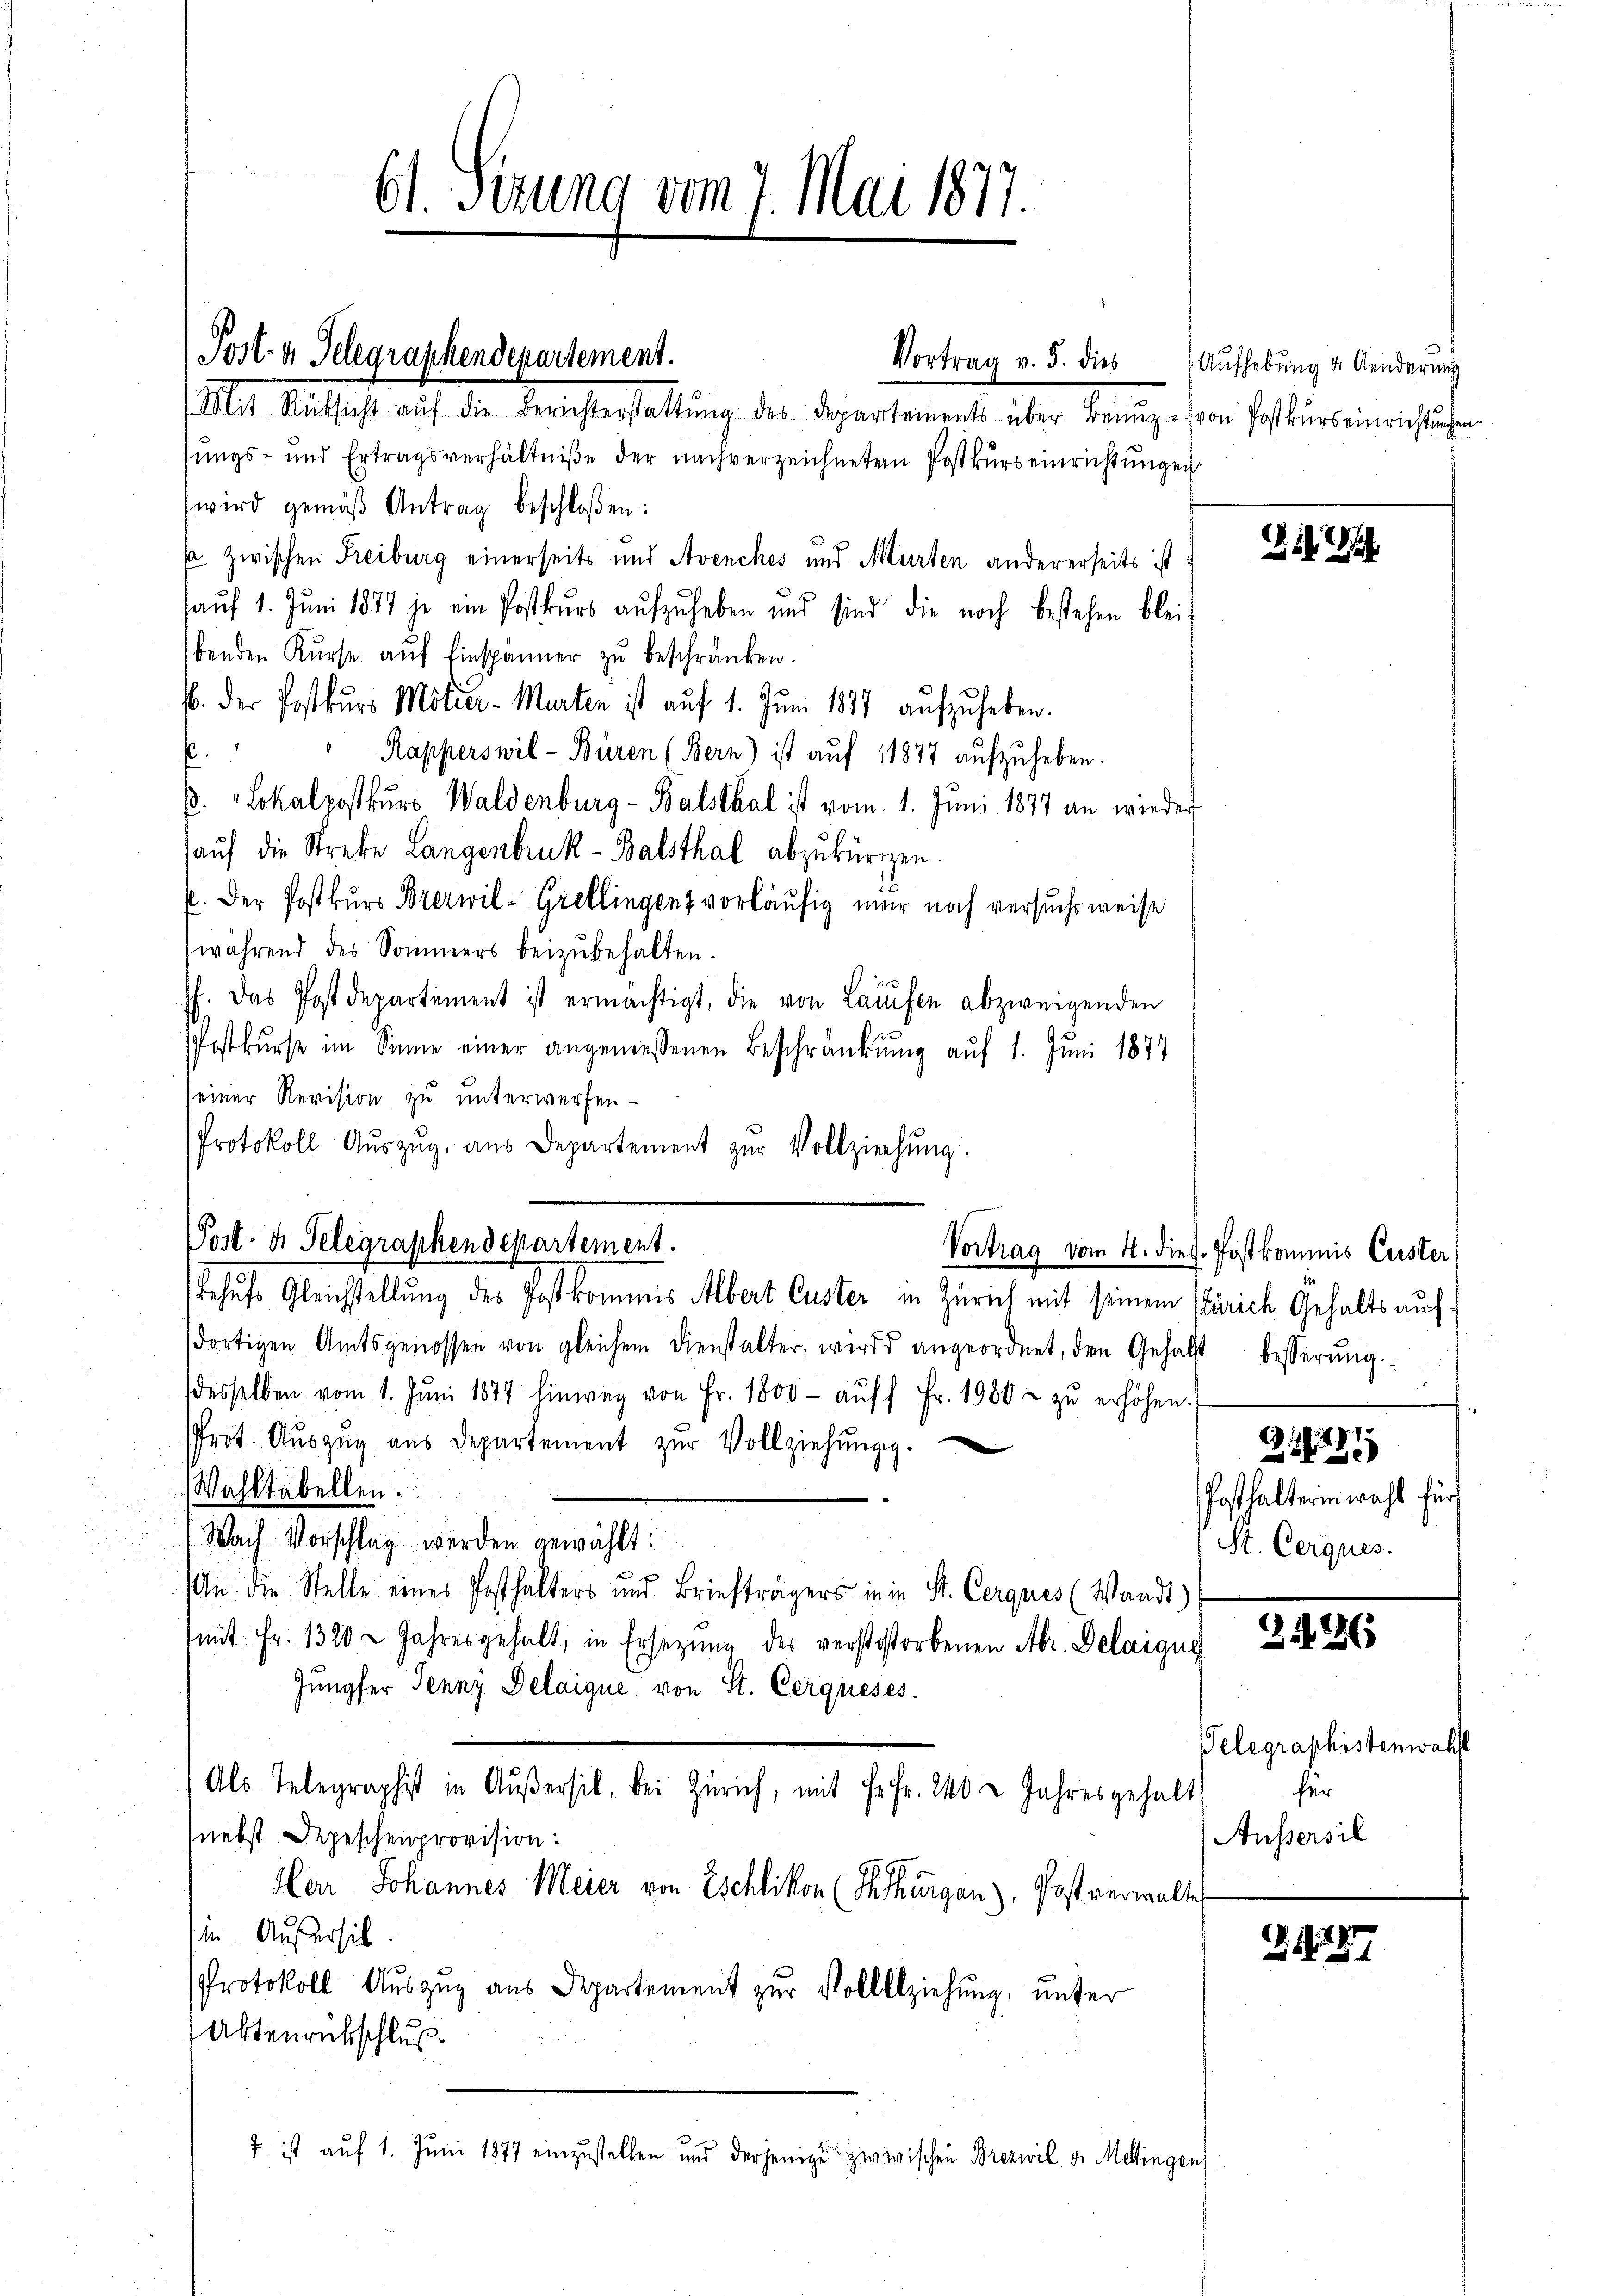
61. Setzung vom 7. Mai 1877.

Post- u. Telegraphendepartement.

Vortrag v. 5. dies
Mit Rücksicht aŭf die Berichterstattŭng des Departements über Benŭz- von Postkurs einrichtungen
sungs- und Ertragsverhältniße der nachverzeichneten Postkurs einrichtungen
wird gemäβ Antrag beschloßen:
s zwischen Freiburg einerseits und Avenches und Murten andererseits ist:
auf 1. Juni 1877 je ein Postkurs aufzuheben und sind die noch bestehen bleibenden Kurse aŭf Einspänner zu beschränken.
b. der Postkurs Moliei-Marten ist auf 1. Juni 1877 aufzuheben.
.
Rapperswil-Büren (Bern) ist auf 11877 aufzuheben.
. Lokalpostkurs Waldenburg - Balsthal ist vom 1. Juni 1877 an wieder
auf die Streke Langenbruk-Balsthal abzukürzen.
P. Der Postkurs Brezwil-Grellingen vorläufig nur noch versuchsweise
während des Sommers beizŭbehalten.
f. Das Postdepartement ist ermächtigt, die von Laufen abzweigenden
Postkŭrse im Sinne einer angemessenen Beschränkung auf 1. Juni 1877
einer Revision zu unterwerfen.
Protokoll Aŭszŭg aŭs Departement zŭr Vollziehŭng:
Vortrag vom 4. dies. Postkommis Custer
Behufs Gleichstellung des Postkommnis Albert Custer in Zürich mit seinem Zürich Gehalts aufdortigen Amtsgenossen von gleichem Dienstalter, wird angeordnet, den Gehälst besserŭng.
desselben vom 1. Jŭni 1877 hinweg von Fr. 1800- aŭf Fr. 1980 u zŭ erhöhen.
Prot. Aŭszŭg aŭs Departement zŭr Vollziehŭngg.
Wahltabellen.
Nach Vorschlag werden gewählt:
In die Stelle eines Posthalters und Briefträgers in in St. Cerques (Waadt)
(mit Fr. 1320 Jahres gehalt, in Ersetzŭng des verstestorbenen Abr. Delaigue
Jungfer Jenny Delaique, von St. Cerqueses
Als Telegraphist in Außersil, bei Zürich, mit Fr. fr. 240 2 Jahresgehalt
nebst Depeschenprovision:
Har Johannes Meier von Eschlikon (Ththurgau), Post verwalter
in. Außersit
Protokoll Auszug aus Departement zur Vollziehung, unter
Aktenrückschluß
7 ist auf 1. Juni 1877 einzustellen und derjenige zwirischen Brezwil d. Mellingen

Post- u. Telegraphendepartement.

Aufhebung u. Aenderung

cilii

21786
Posthalterin wahl für
St. Cerques.

2126

Telegraphistenwahll
für
Aussersil

1247